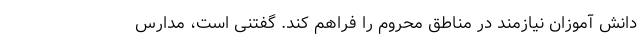
دانش آموزان نیازمند در مناطق محروم را فراهم کند. گفتنی است، مدارس